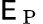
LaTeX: \mathsf{E}_{\mathrm{{~P~}}}